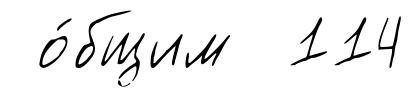
о́бщим 114